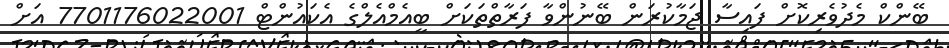
ބޭންކް މެދުވެރިކޮށް ފައިސާ ޖަމާކުރަން ބޭނުންވާ ފަރާތްތަކަށް ބީއެމްއެލްގެ އެކައުންޓް 7701176022001 އަށް